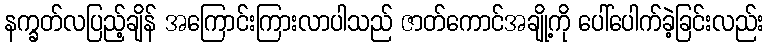
နက္ခတ်လပြည့်ချိန် အကြောင်းကြားလာပါသည် ဇာတ်ကောင်အချို့ကို ပေါ်ပေါက်ခဲ့ခြင်းလည်း